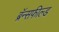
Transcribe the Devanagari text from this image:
ब्रॅन्सफील्ड